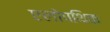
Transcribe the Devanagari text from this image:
एलोपथिक